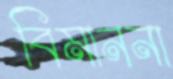
বিমাননা